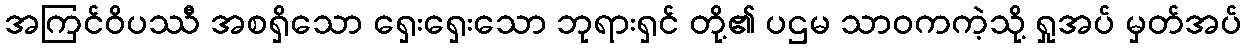
အကြင်ဝိပဿီ အစရှိသော ရှေးရှေးသော ဘုရားရှင် တို့၏ ပဌမ သာဝကကဲ့သို့ ရှုအပ် မှတ်အပ်